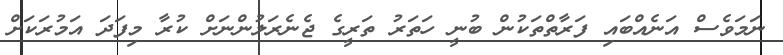
ނަމަވެސް އަނެއްބައި ފަރާތްތަކުން ބުނީ ހަތަރު ތަރީގެ ޖެނެރަލުންނަށް ކުރާ މިފަދަ އަމުރަކަށް